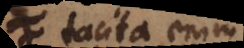
P tacita enim